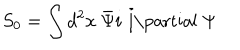
S _ { 0 } = \int d ^ { 2 } x ~ \bar { \Psi } i \raise . 1 5 e x \mathrm { ~ / ~ } \kern - . 5 7 e m \mathrm { ~ \partial ~ } \Psi